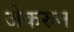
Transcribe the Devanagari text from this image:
जेकरुन